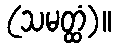
(သမတ္ထံ)။